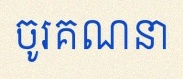
ចូរគណនា